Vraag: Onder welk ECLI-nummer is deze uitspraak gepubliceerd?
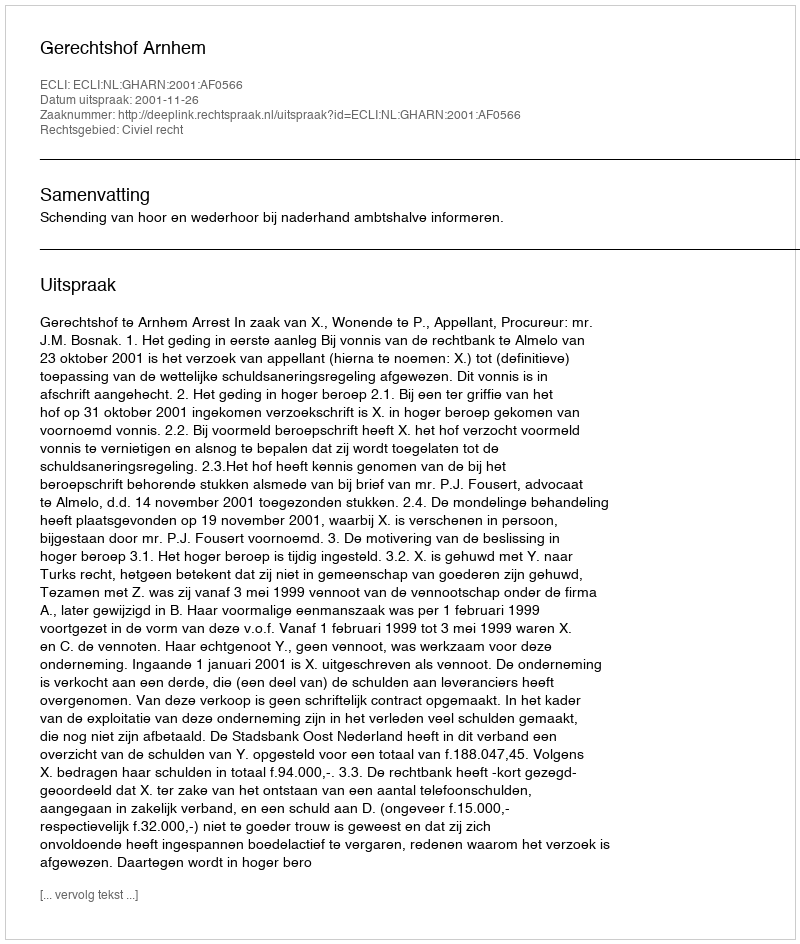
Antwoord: ECLI:NL:GHARN:2001:AF0566